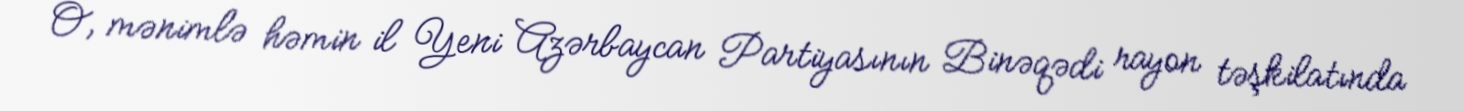
O, mənimlə həmin il Yeni Azərbaycan Partiyasının Binəqədi rayon təşkilatında